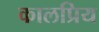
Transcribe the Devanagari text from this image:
कालप्रिय